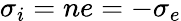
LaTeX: \sigma_{i}=ne=-\sigma_{e}